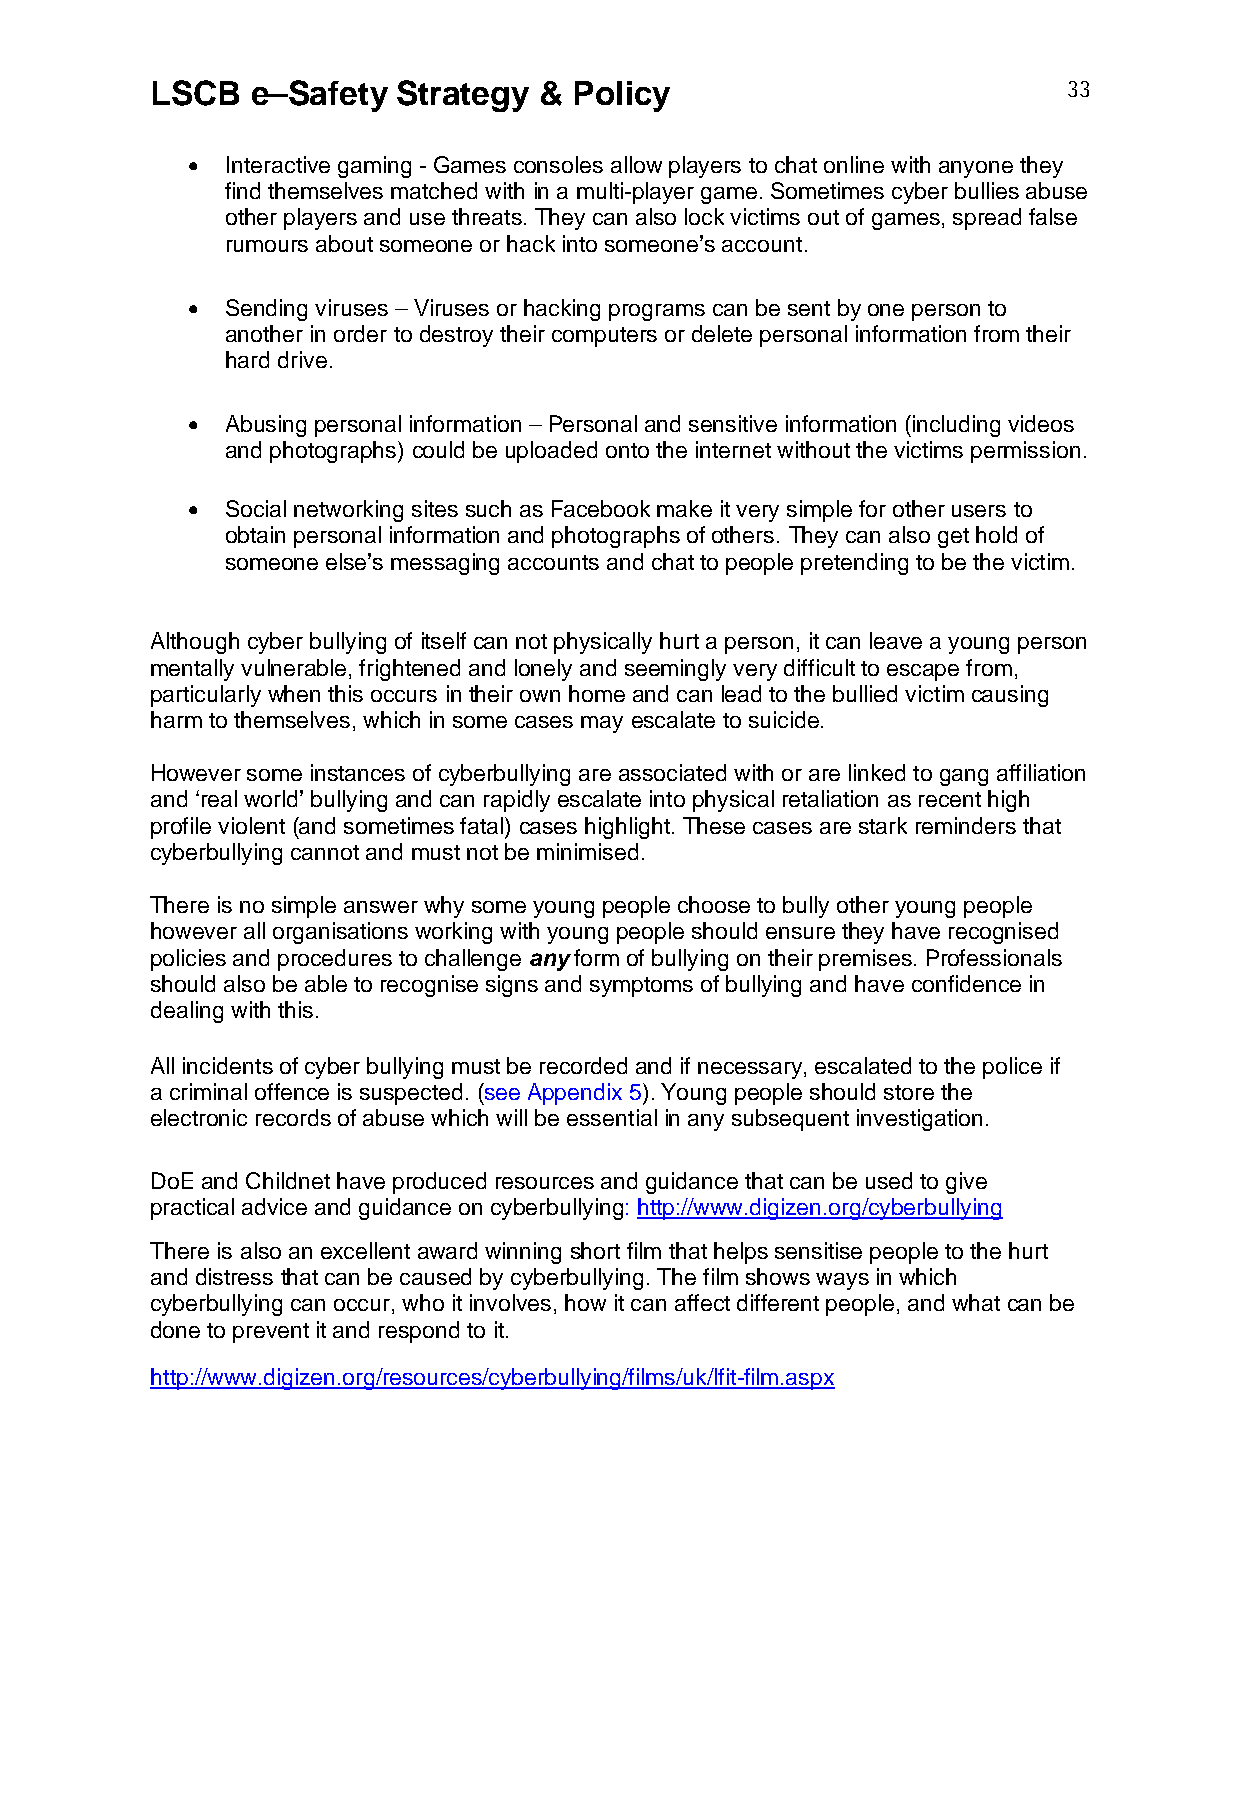
LSCB   e–Safety Strategy  & Policy                           33
   Interactive gaming - Games consoles allow players to chat online with anyone they
 find themselves matched with in a multi-player game. Sometimes cyber bullies abuse
 other players and use threats. They can also lock victims out of games, spread false
 rumours about someone or hack into someone’s account.
   Sending viruses – Viruses or hacking programs can be sent by one person to
 another in order to destroy their computers or delete personal information from their
 hard drive.
   Abusing personal information – Personal and sensitive information (including videos
 and photographs) could be uploaded onto the internet without the victims permission.
   Social networking sites such as Facebook make it very simple for other users to
 obtain personal information and photographs of others. They can also get hold of
 someone else’s messaging accounts and chat to people pretending to be the victim.
 Although cyber bullying of itself can not physically hurt a person, it can leave a young person
 mentally vulnerable, frightened and lonely and seemingly very difficult to escape from,
 particularly when this occurs in their own home and can lead to the bullied victim causing
 harm to themselves, which in some cases may escalate to suicide.
 However some instances of cyberbullying are associated with or are linked to gang affiliation
 and ‘real world’ bullying and can rapidly escalate into physical retaliation as recent high
 profile violent (and sometimes fatal) cases highlight. These cases are stark reminders that
 cyberbullying cannot and must not be minimised.
 There is no simple answer why some young people choose to bully other young people
 however all organisations working with young people should ensure they have recognised
 policies and procedures to challenge any form of bullying on their premises. Professionals
 should also be able to recognise signs and symptoms of bullying and have confidence in
 dealing with this.
 All incidents of cyber bullying must be recorded and if necessary, escalated to the police if
 a criminal offence is suspected. (see Appendix 5). Young people should store the
 electronic records of abuse which will be essential in any subsequent investigation.
 DoE and Childnet have produced resources and guidance that can be used to give
 practical advice and guidance on cyberbullying: http://www.digizen.org/cyberbullying
 There is also an excellent award winning short film that helps sensitise people to the hurt
 and distress that can be caused by cyberbullying. The film shows ways in which
 cyberbullying can occur, who it involves, how it can affect different people, and what can be
 done to prevent it and respond to it.
 http://www.digizen.org/resources/cyberbullying/films/uk/lfit-film.aspx